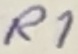
Text: R1